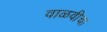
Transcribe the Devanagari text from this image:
वाळवीचा